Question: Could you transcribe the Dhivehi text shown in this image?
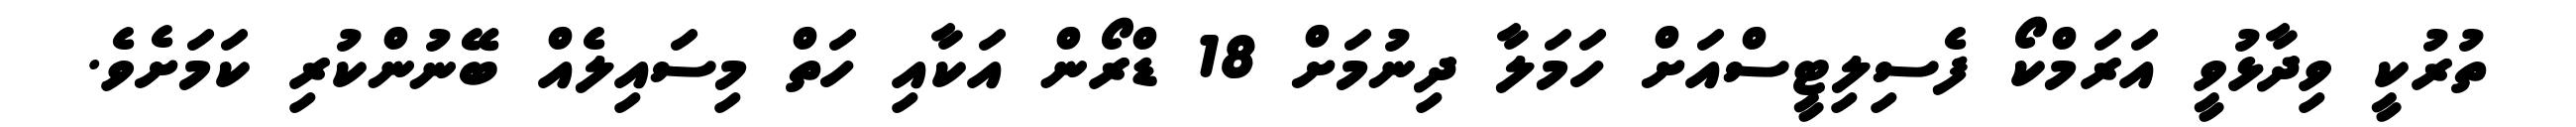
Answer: ތުރުކީ ވިދާޅުވީ އަރަމްކޯ ފެސިލިޓީސްއަށް ހަމަލާ ދިނުމަށް 18 ޑްރޯން އަކާއި ހަތް މިސައިލެއް ބޭނުންކުރި ކަމަށެވެ.